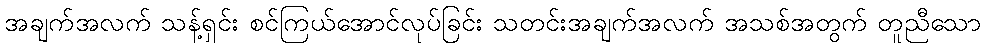
အချက်အလက် သန့်ရှင်း စင်ကြယ်အောင်လုပ်ခြင်း သတင်းအချက်အလက် အသစ်အတွက် တူညီသော